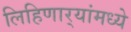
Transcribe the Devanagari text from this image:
लिहिणार्‍यांमध्ये